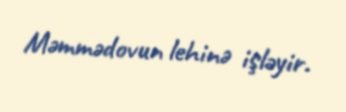
Məmmədovun lehinə işləyir.